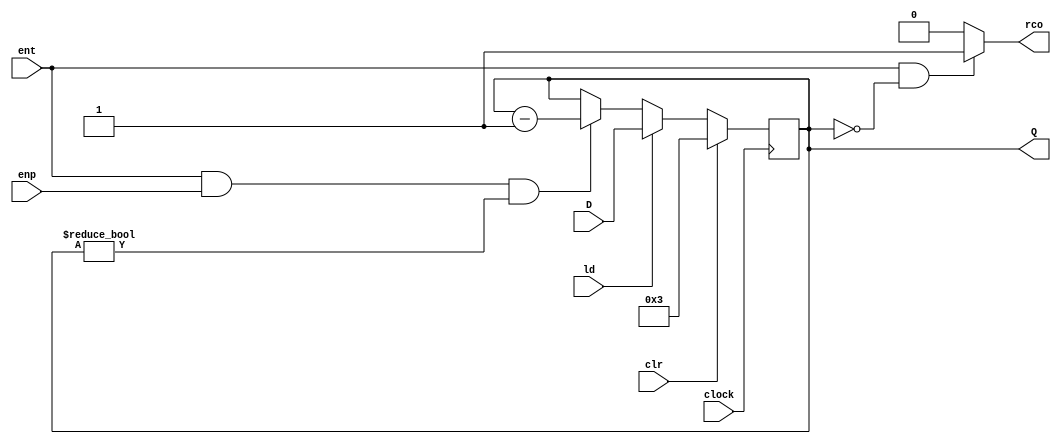
// modulo que decrementa em 1 a cada boda de subida caso ent, enp sejam HIGH

module decrementer #(parameter N=4) ( 
                      input clock       , 
                      input clr         , 
                      input ld          , 
                      input ent         , 
                      input enp         , 
                      input [N-1:0] D     , 
                      output reg [N-1:0] Q , 
                      output reg rco
                    );

	 initial begin
		Q = 3;
    end
    

    always @ (posedge clock)
        if (clr)                           Q <= 3;
        else if (ld)                       Q <= D;
        else if (ent && enp &&  Q != 0)    Q <= Q - 1;
        else                               Q <= Q;
 
    always @ (Q or ent)
        if (ent && (Q == 0))       rco = 1;
        else                       rco = 0;

endmodule